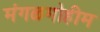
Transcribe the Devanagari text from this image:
मंगळमोहीम